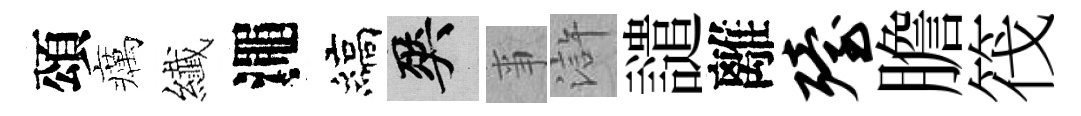
頌癘纎澠縞爽亊滸譴離殪膽筏